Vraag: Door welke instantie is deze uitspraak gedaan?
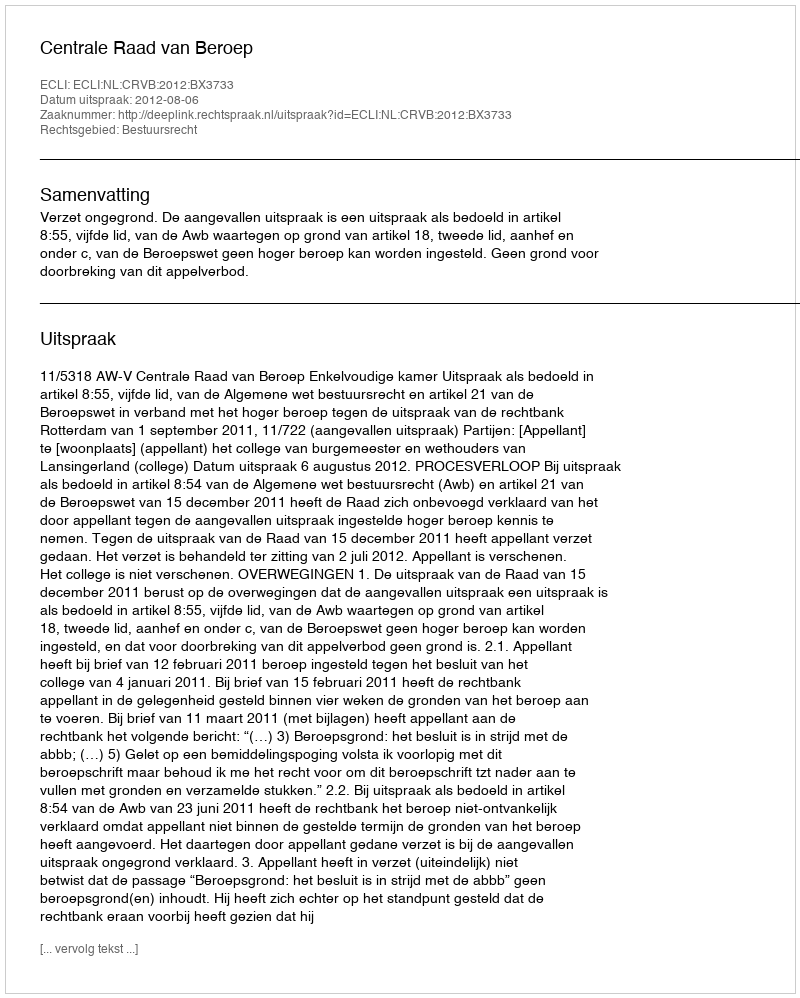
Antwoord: Centrale Raad van Beroep